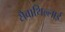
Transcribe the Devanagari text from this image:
सैवाथिल्लाई